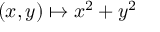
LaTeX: ( x , y ) \mapsto x ^ { 2 } + y ^ { 2 }